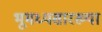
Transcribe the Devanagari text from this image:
भूमध्यसारख्या